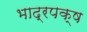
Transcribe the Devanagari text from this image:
भाद्रपक्ष